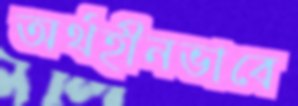
অর্থহীনভাবে